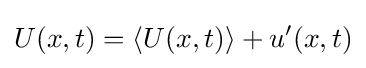
U(x,t)=\langle U(x,t)\rangle +u'(x,t)